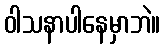
ဝါသနာပါနေမှာဘဲ။